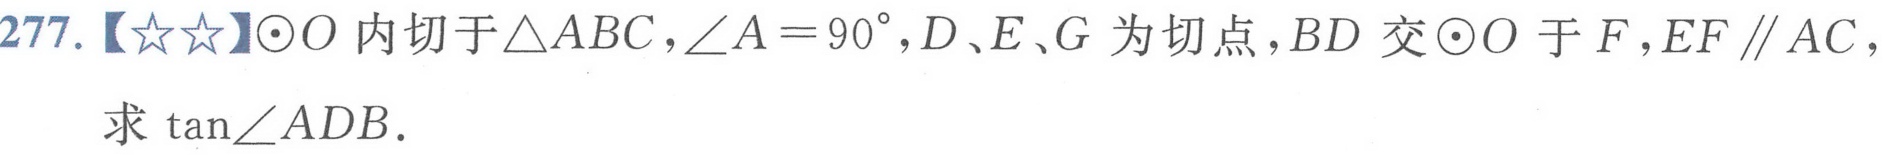
277.【\(☆☆\)】\(\odot O\) 内切于\(\triangle ABC\)，\(\angle A = 90^{\circ}\)，\(D\)、\(E\)、\(G\) 为切点，\(BD\) 交 \(\odot O\) 于 \(F\)，\(EF\parallel AC\)，求 \(\tan\angle ADB\).